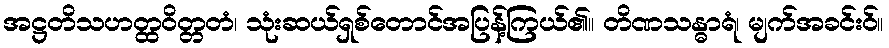
အဋ္ဌတိသဟတ္ထဝိတ္တတံ၊ သုံးဆယ်ရှစ်တောင်အပြန့်ကြယ်၏။ တိဏသန္ဓာရံ၊ မျက်အခင်းဝ်။